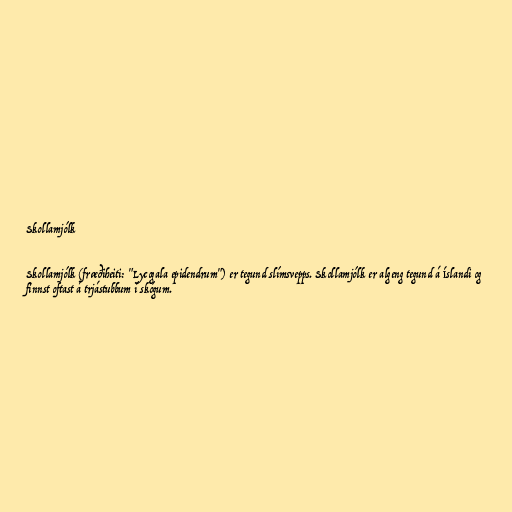
Skollamjólk

Skollamjólk (fræðiheiti: "Lycogala epidendrum") er tegund slímsvepps. Skollamjólk er algeng tegund á Íslandi og
finnst oftast á trjástubbum í skógum.